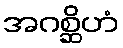
အဂစ္ဆိဟံ